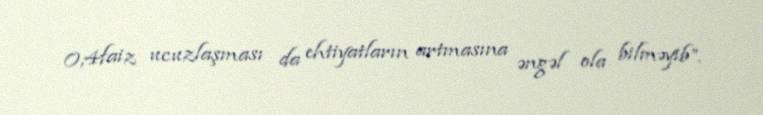
0,4faiz ucuzlaşması da ehtiyatların artmasına əngəl ola bilməyib”.